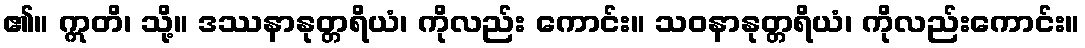
၏။ ဣတိ၊ သို့။ ဒဿနာနုတ္တရိယံ၊ ကိုလည်း ကောင်း။ သဝနာနုတ္တရိယံ၊ ကိုလည်းကောင်း။